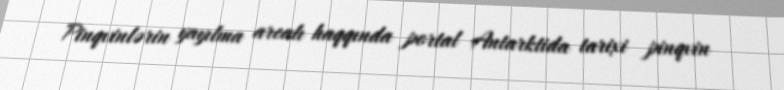
Pinqvinlərin yayılma arealı haqqında portal Antarktida tarixi pinqvin